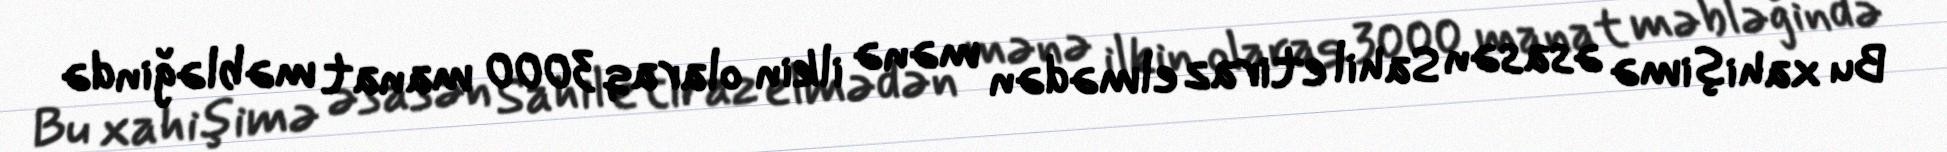
Bu xahişimə əsasən Sahil etiraz elmədən mənə ilkin olaraq 3000 manat məbləğində